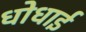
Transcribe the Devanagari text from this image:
धोधाई